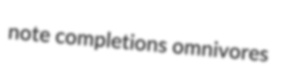
note completions omnivores